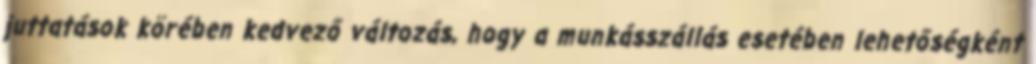
juttatások körében kedvező változás, hogy a munkásszállás esetében lehetőségként